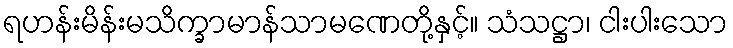
ရဟန်းမိန်းမသိက္ခာမာန်သာမဏေတို့နှင့်။ သံသဋ္ဌာ၊ ငါးပါးသော